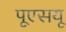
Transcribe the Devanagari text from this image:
पूएसयू